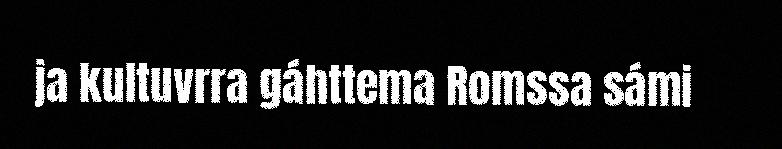
ja kultuvrra gáhttema Romssa sámi